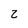
Character: 2